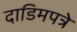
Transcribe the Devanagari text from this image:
दाडिमपत्रे